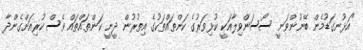
"އަޅުނގަޑުމެން ބޭނުންވަނީ ސޯސަންވިލާއަކީ ކުޅިވަރުގެ ކަންތައްތަކުގެ އިތުރުން ދީނީ ކަންތައްތައް ވެސް ކުރިއަށްގެންދާ